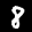
Label: 8